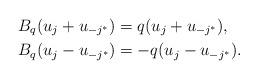
LaTeX: \begin{align*}& B_q (u_j+u_{-j^*})=q (u_j+u_{-j^*}), \\& B_q (u_j-u_{-j^*})=-q (u_j-u_{-j^*}).\end{align*}